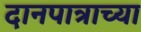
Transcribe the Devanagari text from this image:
दानपात्राच्या